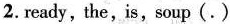
2. ready, the,is, soup(.)